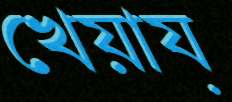
খেয়ায়